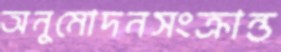
অনুমোদনসংক্রান্ত